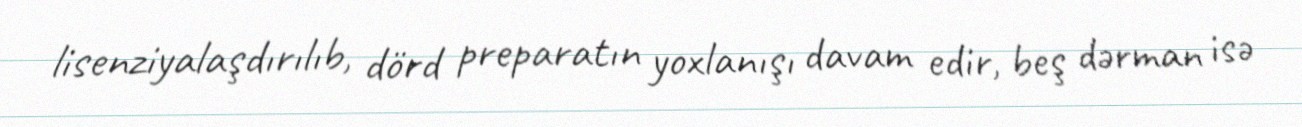
lisenziyalaşdırılıb, dörd preparatın yoxlanışı davam edir, beş dərman isə